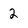
Character: 2